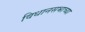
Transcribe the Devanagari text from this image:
विधानसभाच्या